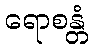
ရောစန္တံ